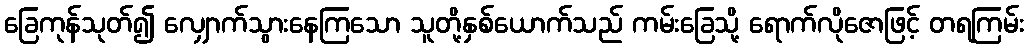
ခြေကုန်သုတ်၍ လျှောက်သွားနေကြသော သူတို့နှစ်ယောက်သည် ကမ်းခြေသို့ ရောက်လိုဇောဖြင့် တရကြမ်း